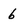
Character: 6